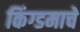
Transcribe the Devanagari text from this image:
किंग्डमाचे